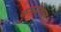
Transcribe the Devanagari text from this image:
कुरुनेगल